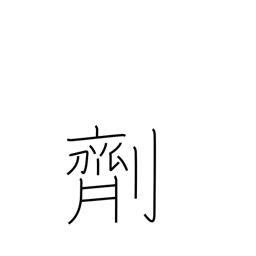
Meaning: drug